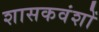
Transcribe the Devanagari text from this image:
शासकवंशों